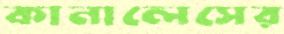
কানালেসের